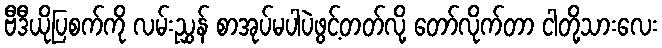
ဗီဒီယိုပြစက်ကို လမ်းညွှန် စာအုပ်မပါပဲဖွင့်တတ်လို့ တော်လိုက်တာ ငါတို့သားလေး